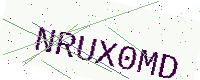
Text: NRUX0MD